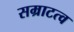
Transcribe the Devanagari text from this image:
सम्राटत्व